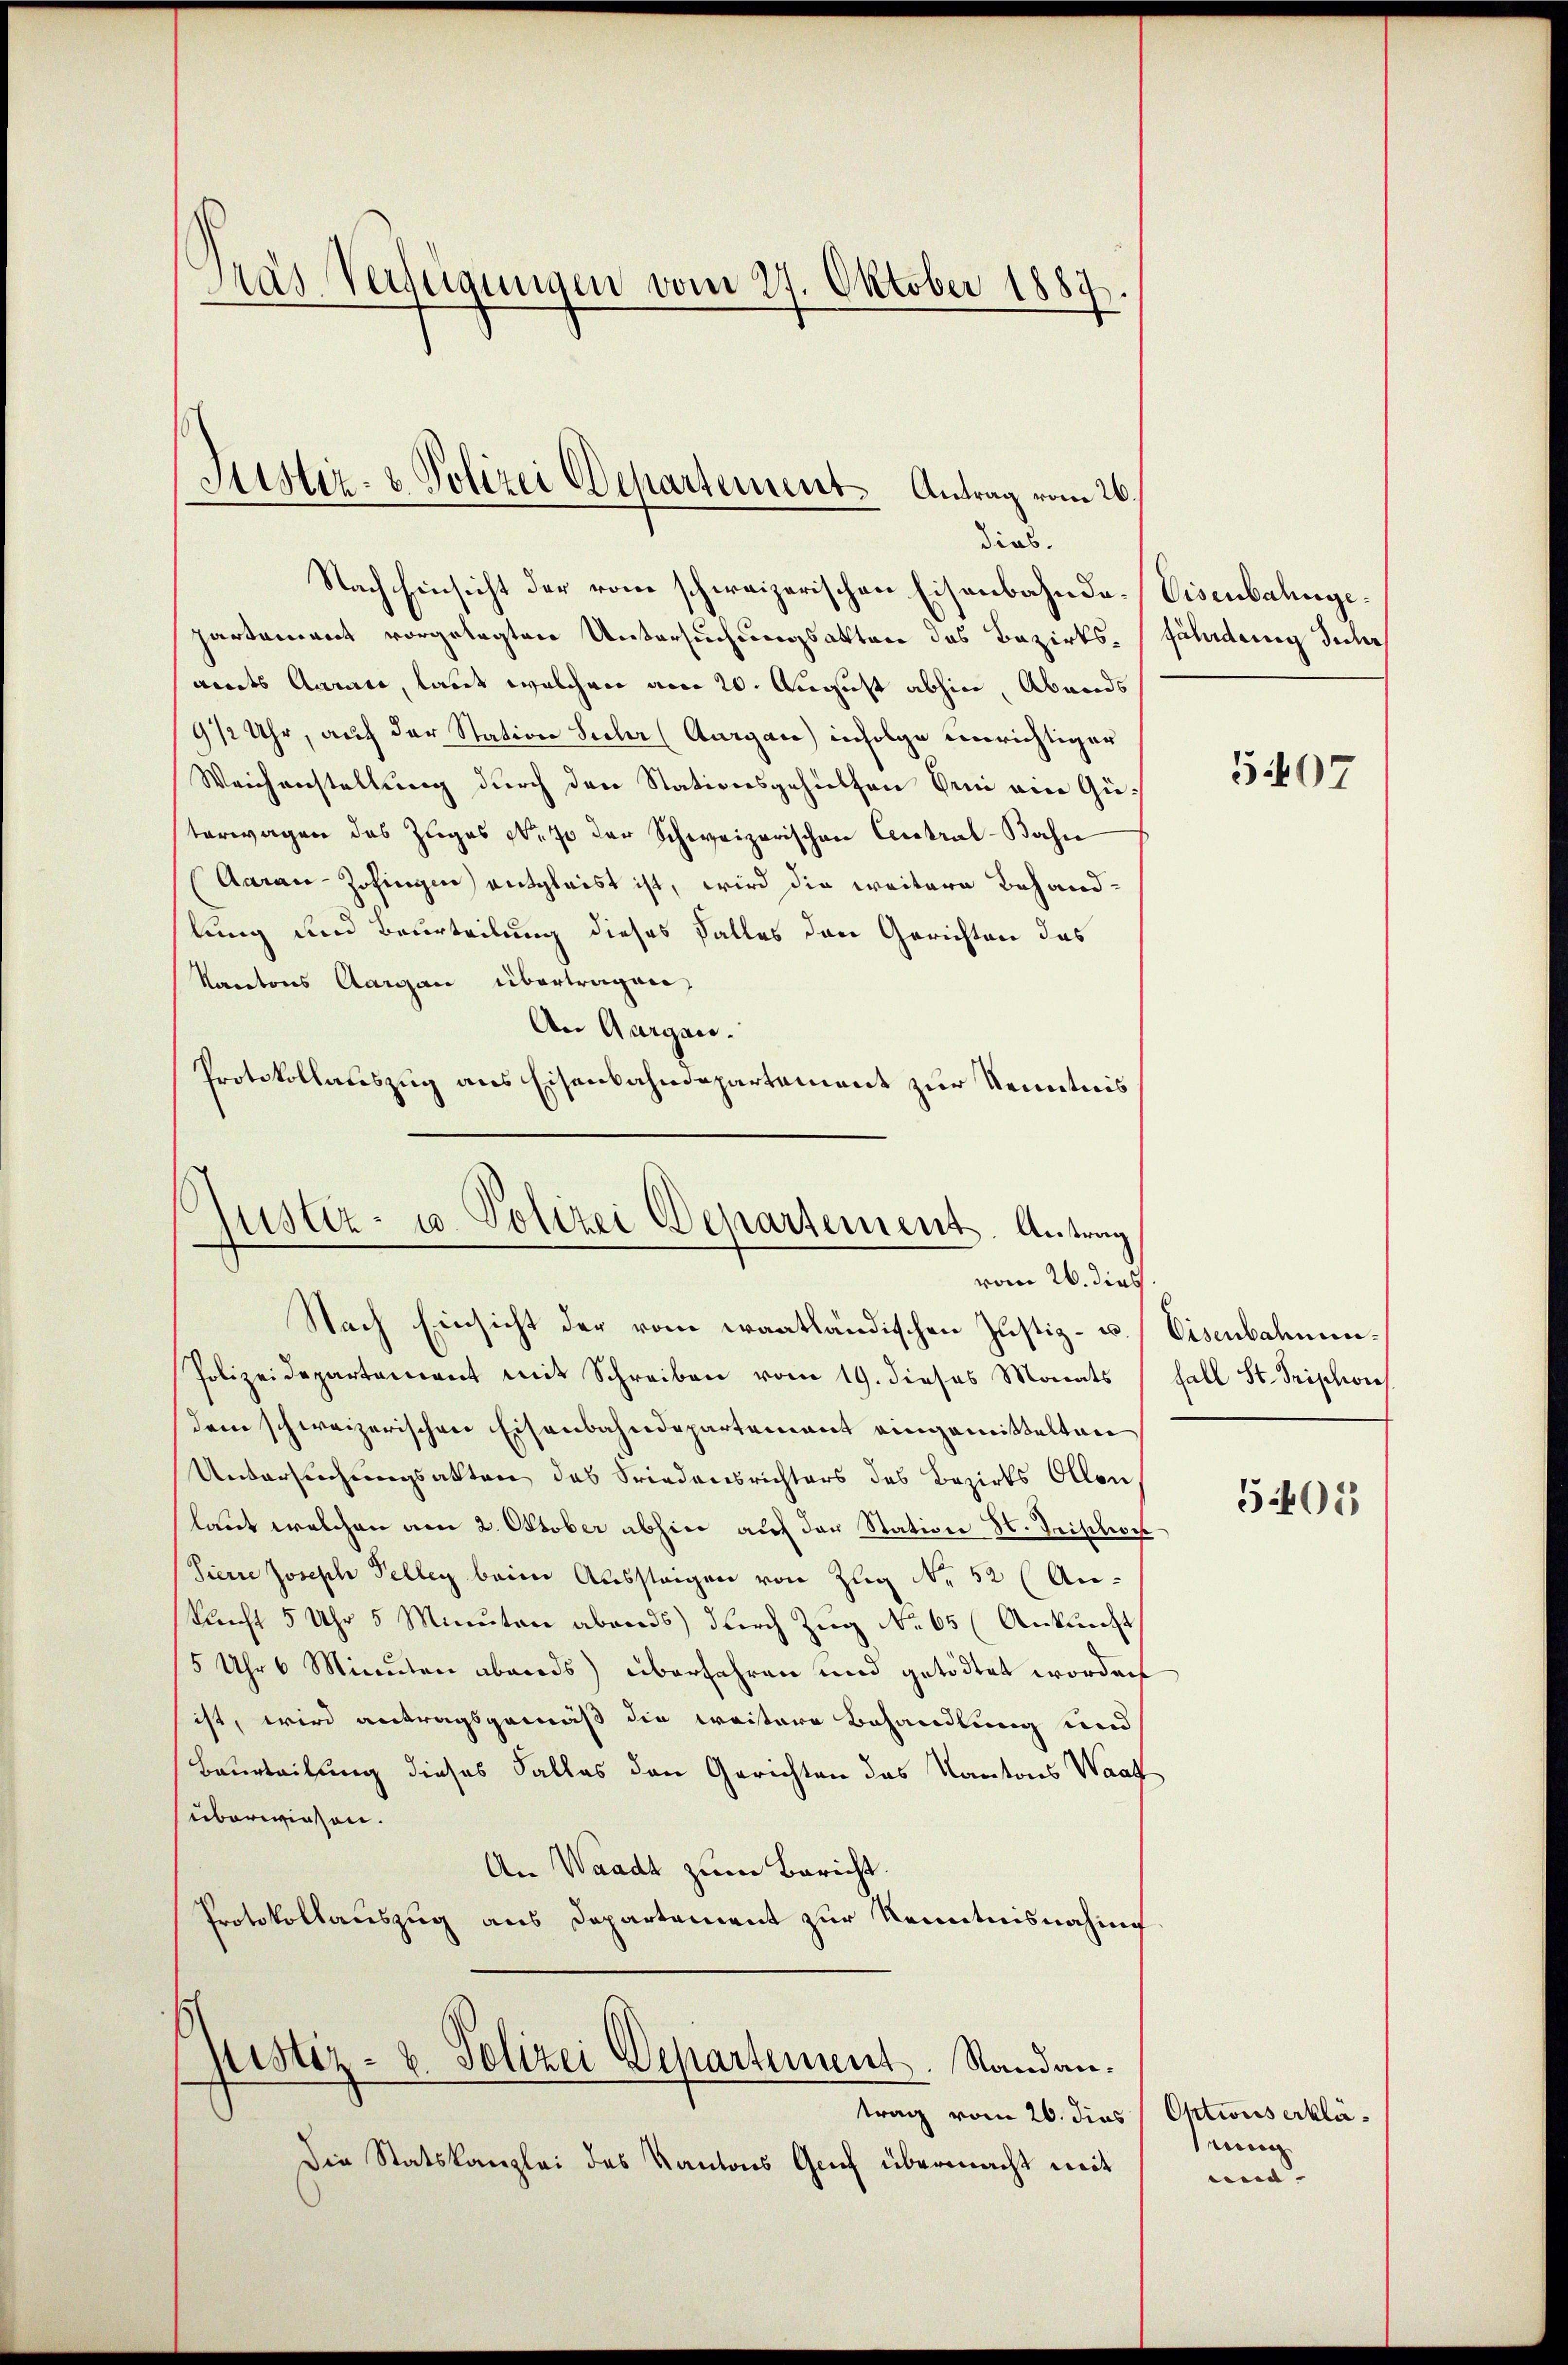
Tras Verfügungen vom 27. Oktober 1887.

Nach Hinsicht der vom schweizerischen Eisenbahndo-Visenbahngepartement vorgelegten Untersuchungsakten des Bezirks-fährdung der
amts Anrace, laut welchen am 20. August abhin, Abends
9 1/2 Uhr, auf der Station Sucher (Aargau) infolge unrichtiger
Weichenstellung durch den Stationsgehülfen bei ein Güterwagen des Zuges N. 70 der Schweizerischen Central-Bahn
Aarau-Zofingen entgleist ist, wird die weitere Behandlung und Beurteilung dieses Falles den Gerichten das
Kantons Aargau übertragen,
An Aargau.
Protokollauszug aus Eisenbahndepartement zur Kenntnis

Justiz- & Polizei Departement Antrag vom 26.
dias.

Justiz- u. Polizei Departement. Antrag
vom 26. dies
Nach Einsicht der vom waatländischen Justiz- u. Eisenbahnun¬

Polizeidepartement mit Schreiben vom 19. dieses Monats Fall St. Frischon
dem schweizerischen Eisenbahndepartement eingemittelten
Untersuchungsakten das Friedensrichters des Bezirks Allen
laut welchen am 2. Oktober abhin auf der Station St. Beische
Siern Joseph Felleg beim Aussteigen von Zug No 52 (An-
Sunst 5 Uhr 5 Minuten abends durch Zug No 65 (Ankunft
5 Uhr 6 Minuten abends überfahren und getödtet worden
ist, wird antragsgemäß die weitere Behandlung und
Beurteilung dieses Falles den Gerichten das Kantons Waa
überwiesen.
An Waadt zum Bericht.
Protokollauszug aus Departement zur Kenntnisnahme
pistiz- & Polizei Departement. Randantrag vom 26. dies   Optius erklä¬
Die Statskanzlei des Kantons Gruf übermacht mit

5407

501

ec
ed.